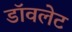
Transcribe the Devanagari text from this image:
डॉवलेट